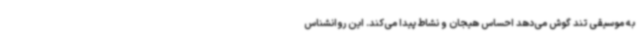
به موسیقی تند گوش می‌دهد احساس هیجان و نشاط پیدا می‌کند. این روانشناس